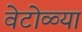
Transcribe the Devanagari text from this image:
वेटोळ्या